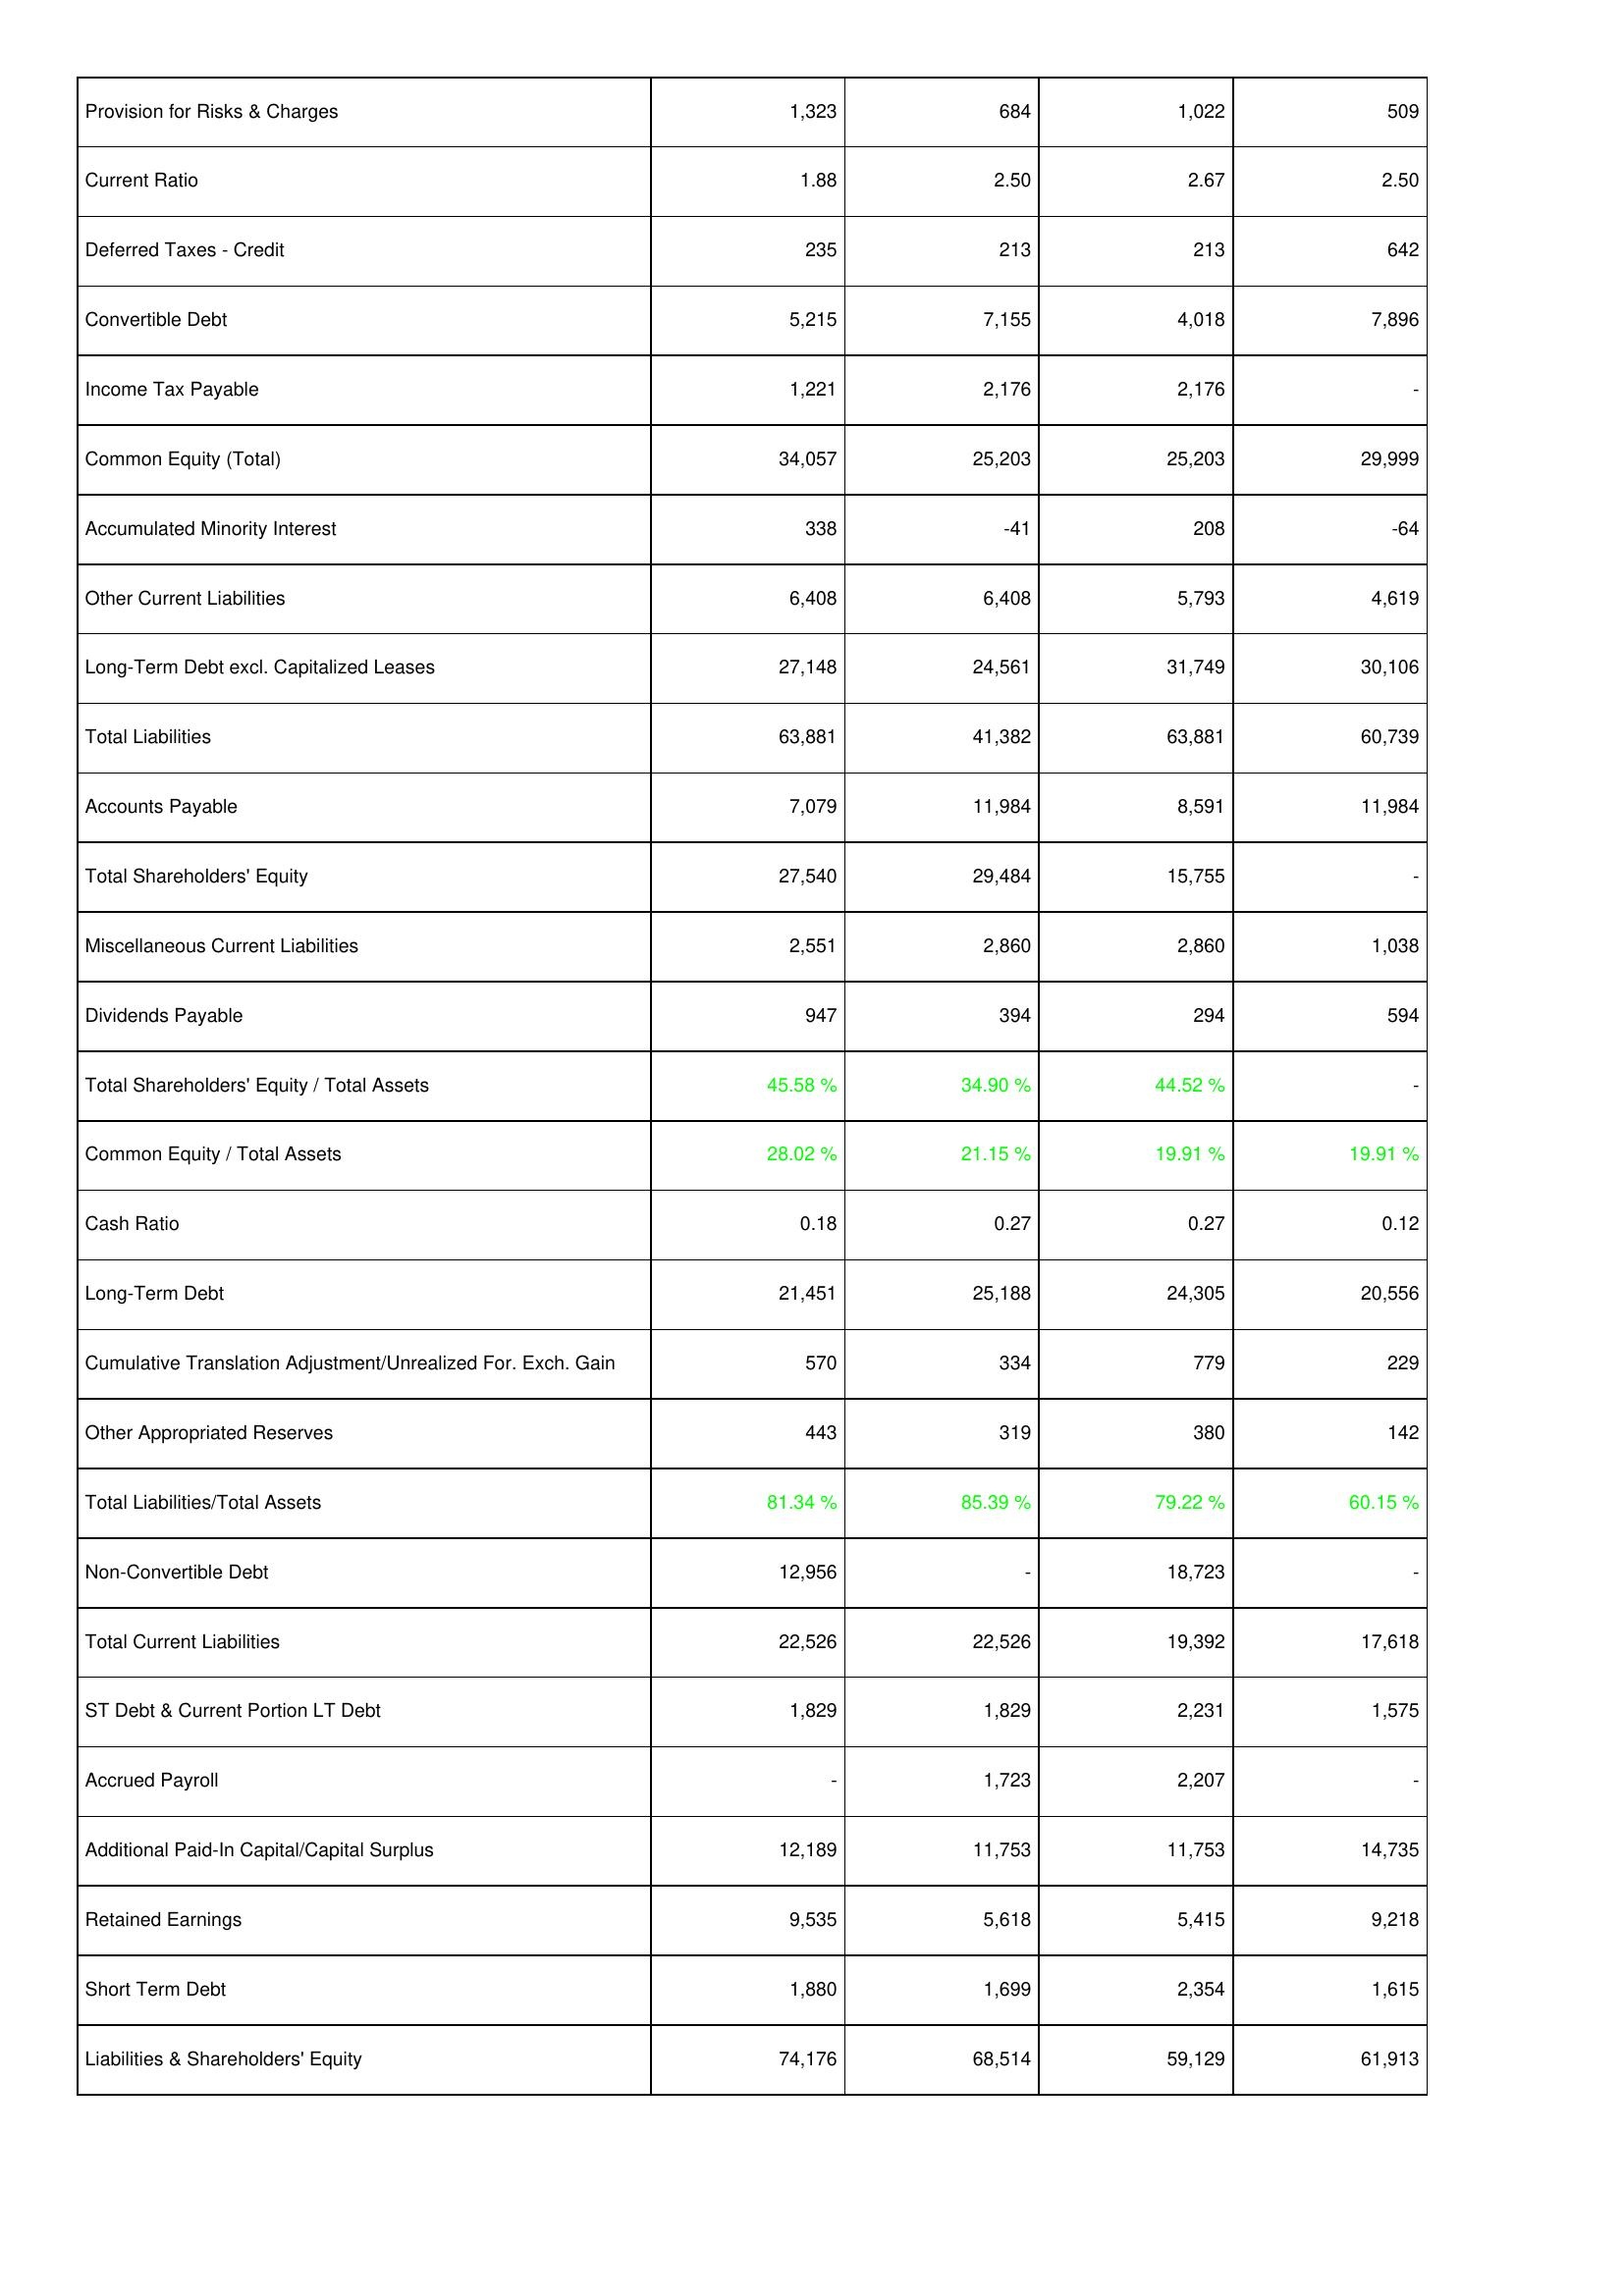
2018: Liabilities & Shareholders' Equity: Provision for Risks & Charges: 1,323
Current Ratio: 1.88
Deferred Taxes - Credit: 235
Convertible Debt: 5,215
Income Tax Payable: 1,221
Common Equity (Total): 34,057
Accumulated Minority Interest: 338
Other Current Liabilities: 6,408
Long-Term Debt excl. Capitalized Leases: 27,148
Total Liabilities: 63,881
Accounts Payable: 7,079
Total Shareholders' Equity: 27,540
Miscellaneous Current Liabilities: 2,551
Dividends Payable: 947
Total Shareholders' Equity / Total Assets: 45.58 %
Common Equity / Total Assets: 28.02 %
Cash Ratio: 0.18
Long-Term Debt: 21,451
Cumulative Translation Adjustment/Unrealized For. Exch. Gain: 570
Other Appropriated Reserves: 443
Total Liabilities/Total Assets: 81.34 %
Non-Convertible Debt: 12,956
Total Current Liabilities: 22,526
ST Debt & Current Portion LT Debt: 1,829
Accrued Payroll: -
Additional Paid-In Capital/Capital Surplus: 12,189
Retained Earnings: 9,535
Short Term Debt: 1,880
Liabilities & Shareholders' Equity: 74,176
2017: Liabilities & Shareholders' Equity: Provision for Risks & Charges: 684
Current Ratio: 2.50
Deferred Taxes - Credit: 213
Convertible Debt: 7,155
Income Tax Payable: 2,176
Common Equity (Total): 25,203
Accumulated Minority Interest: -41
Other Current Liabilities: 6,408
Long-Term Debt excl. Capitalized Leases: 24,561
Total Liabilities: 41,382
Accounts Payable: 11,984
Total Shareholders' Equity: 29,484
Miscellaneous Current Liabilities: 2,860
Dividends Payable: 394
Total Shareholders' Equity / Total Assets: 34.90 %
Common Equity / Total Assets: 21.15 %
Cash Ratio: 0.27
Long-Term Debt: 25,188
Cumulative Translation Adjustment/Unrealized For. Exch. Gain: 334
Other Appropriated Reserves: 319
Total Liabilities/Total Assets: 85.39 %
Non-Convertible Debt: -
Total Current Liabilities: 22,526
ST Debt & Current Portion LT Debt: 1,829
Accrued Payroll: 1,723
Additional Paid-In Capital/Capital Surplus: 11,753
Retained Earnings: 5,618
Short Term Debt: 1,699
Liabilities & Shareholders' Equity: 68,514
2016: Liabilities & Shareholders' Equity: Provision for Risks & Charges: 1,022
Current Ratio: 2.67
Deferred Taxes - Credit: 213
Convertible Debt: 4,018
Income Tax Payable: 2,176
Common Equity (Total): 25,203
Accumulated Minority Interest: 208
Other Current Liabilities: 5,793
Long-Term Debt excl. Capitalized Leases: 31,749
Total Liabilities: 63,881
Accounts Payable: 8,591
Total Shareholders' Equity: 15,755
Miscellaneous Current Liabilities: 2,860
Dividends Payable: 294
Total Shareholders' Equity / Total Assets: 44.52 %
Common Equity / Total Assets: 19.91 %
Cash Ratio: 0.27
Long-Term Debt: 24,305
Cumulative Translation Adjustment/Unrealized For. Exch. Gain: 779
Other Appropriated Reserves: 380
Total Liabilities/Total Assets: 79.22 %
Non-Convertible Debt: 18,723
Total Current Liabilities: 19,392
ST Debt & Current Portion LT Debt: 2,231
Accrued Payroll: 2,207
Additional Paid-In Capital/Capital Surplus: 11,753
Retained Earnings: 5,415
Short Term Debt: 2,354
Liabilities & Shareholders' Equity: 59,129
2015: Liabilities & Shareholders' Equity: Provision for Risks & Charges: 509
Current Ratio: 2.50
Deferred Taxes - Credit: 642
Convertible Debt: 7,896
Income Tax Payable: -
Common Equity (Total): 29,999
Accumulated Minority Interest: -64
Other Current Liabilities: 4,619
Long-Term Debt excl. Capitalized Leases: 30,106
Total Liabilities: 60,739
Accounts Payable: 11,984
Total Shareholders' Equity: -
Miscellaneous Current Liabilities: 1,038
Dividends Payable: 594
Total Shareholders' Equity / Total Assets: -
Common Equity / Total Assets: 19.91 %
Cash Ratio: 0.12
Long-Term Debt: 20,556
Cumulative Translation Adjustment/Unrealized For. Exch. Gain: 229
Other Appropriated Reserves: 142
Total Liabilities/Total Assets: 60.15 %
Non-Convertible Debt: -
Total Current Liabilities: 17,618
ST Debt & Current Portion LT Debt: 1,575
Accrued Payroll: -
Additional Paid-In Capital/Capital Surplus: 14,735
Retained Earnings: 9,218
Short Term Debt: 1,615
Liabilities & Shareholders' Equity: 61,913